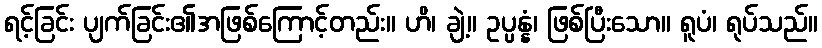
ရင့်ခြင်း ပျက်ခြင်း၏အဖြစ်ကြောင့်တည်း။ ဟိ၊ ချဲ့။ ဥပ္ပန္နံ၊ ဖြစ်ပြီးသော။ ရူပံ၊ ရုပ်သည်။